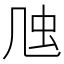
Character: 𠙍